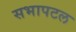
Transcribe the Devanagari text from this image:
सभापटल